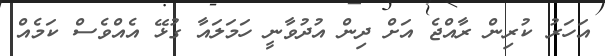
އަހަރު ކުރިން ރާއްޖެ އަށް ދިން އުދުވާނީ ހަމަލައާ ގުޅޭ އެއްވެސް ކަމެއް